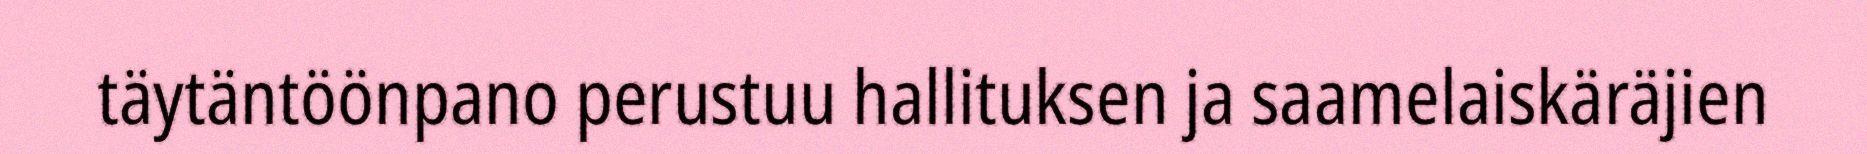
täytäntöönpano perustuu hallituksen ja saamelaiskäräjien